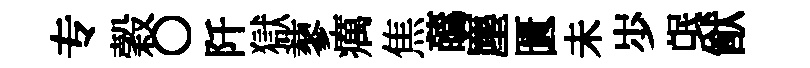
专穀〇阡獄蓼癘焦蘤塵匱未𡵯氓猷